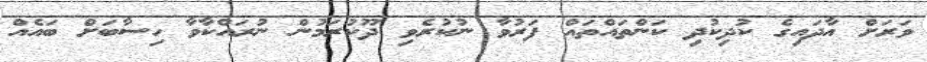
ވަރަށް އާދައިގެ ކުދިކުދި ކަންތައްތައް ފަރުވާ ނުކުރެވި ދޫކުރަމުން ނުރައްކާވާ ހިސާބަށް ބައެއް